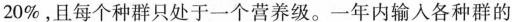
20\%，且每个种群只处于一个营养级。一年内输入各种群的